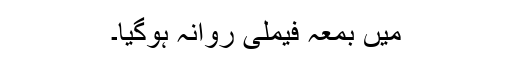
میں بمعہ فیملی روانہ ہوگیا۔